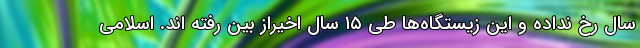
سال رخ نداده و این زیستگاه‌ها طی ۱۵ سال اخیراز بین رفته اند. اسلامی